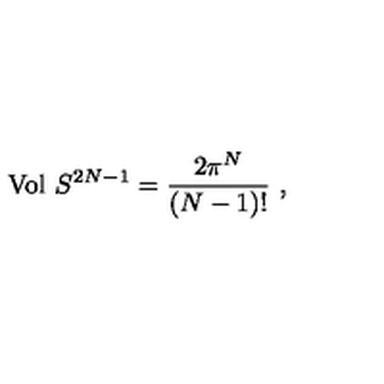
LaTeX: \mathrm { V o l } \ S ^ { 2 N - 1 } = \frac { 2 \pi ^ { N } } { ( N - 1 ) ! } \ ,